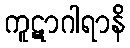
ကူဋာဂါရာနိ